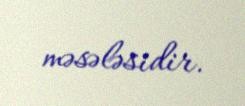
məsələsidir.